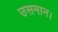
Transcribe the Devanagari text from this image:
उसमान।